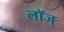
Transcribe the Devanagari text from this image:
लॉज्